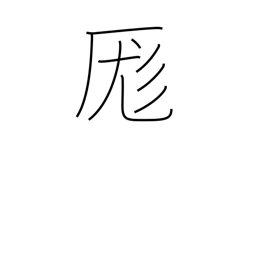
Meaning: mix